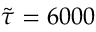
\Tilde { \tau } = 6 0 0 0